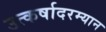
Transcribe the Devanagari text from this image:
उत्कर्षादरम्यान